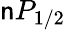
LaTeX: \mathsf{n}P_{1/2}